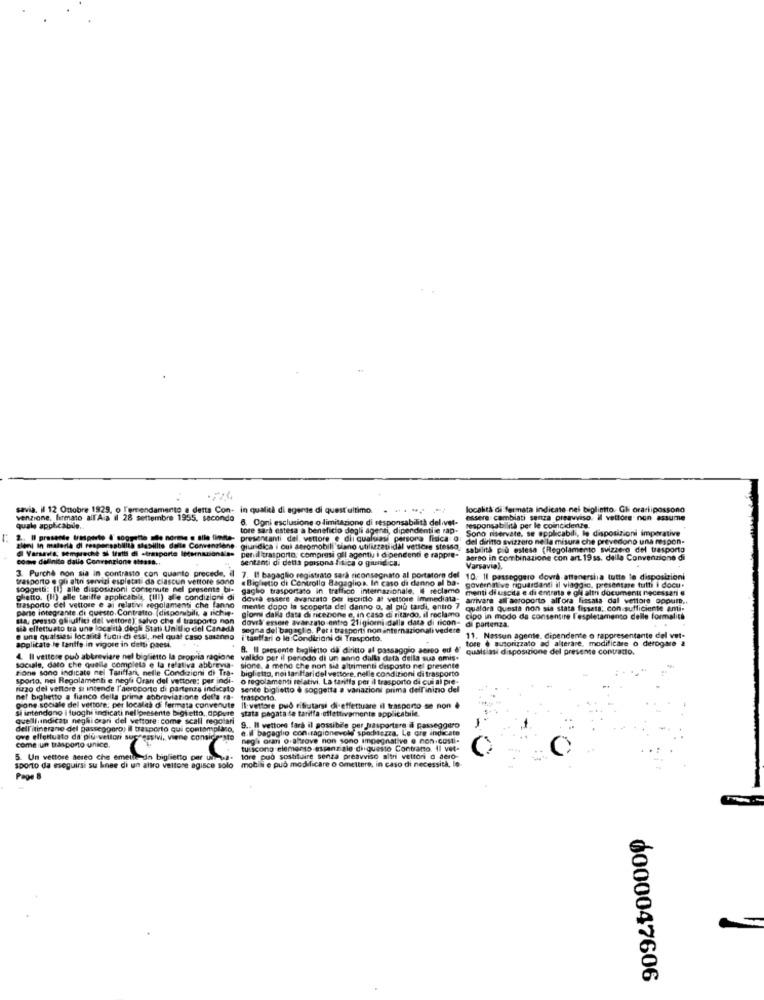
savia. il 12 Ottobre 1929, o l'emendamento a detta Con- in qualità di agente di quest'ultimo. . .. ", - /
località di fermata indicate nel biglietto, Gh orariipossono
venzione, firmato all'Ala il 28 settembre 1955, secondo
6. Ogni esclusione o limitazione di responsabilità delivet-
essere cambiati senza preavviso. Il vettore non assume
quale applicabile ..
tore sarà estesa a beneficio degli agenti, dipendentiie rap.
responsabilità per le coincidenze.
Sono riservate, se applicabili, le disposizioni imperative
2 ., Il presente trasporto & soggetto alle norme o sile limite-
presentanti del. vettore e di qualsiasi persona fisica @
del diritto svizzero ne la misura che prevedono una respon-
Blenl in materia di responsabilità stasillie dalle Conventie
Varsaris; sempreche Si tratti di -trasporto Internazion
giuridica i oul aeromobili siano utilizzatiidal vettore stesso
sabilità più estesa (Regolamento svizzero del trasporto
come dalinito dalle Convenzione eteass ..
per il trasporto, compresi gil agenti i dipendenti e rappre-
sentanti di detta persona fisica o giuridica.
aereo in combinazione con art. 19ss. della Convenzione di
3. Purcha non sia in contrasto con quanto precede, il
Varsavial,
trasporto e oh attn servizi esplatati da ciascun vettore sono
7. If bagaglio registrato sarà riconsegnato al portatore del 10. Il passeggero dovrà attenersiia tutte le disposizioni
soggetti: (1) alle disposizioni contenute nel presente bi- gaglio trasportato in traffico internazionale. # reclamo menti di uscita e di entrata e gli altri documenti necessari e
« Biglietto di Controllo Bagaglios. In caso di danno al Da- governative riguardanti il viaggio. presentare tutti i docu.
ghetto. (Ii) alle tariffe applicabile, (III) alle condizioni di
dovrà essere avanzato per iscritto at vettore immediata- arrivare all'aeroporto all'ora fissata dal vettore oppul ..
trasporto del vettore e ai relativi regolamenti che fanno
parte integrante di questo. Contratto. (disponibili, a richie-
mente dopo la scoperta del danno o, al più tardi, entro 7
qualora questa non sia stata fissata; con sufficiente ami-
sta, presso gliuffici del vettore), salvo che d trasporto non
giorni dalla data di ricezione e, in caso di ritardo, il reclamo cipo in modo da consentire l'espletamento delle formalità
doveS' essmse avanzato entro 21igiorni dalla data di ricon- di partenza.
sia effettuato tra une località degli Stati Unitiio del Canada
segna del bagaglio. Pet i trasporti non internazionali vedere
e ung qualsiasi località fuori di essi, nel qual caso saranno
i tamifari o le Condizioni di Trasporto.
tore @ autorizzato ad alterare, modificare o derogare a
11. Nessun agente, dipendente o rappresentante del vet-
applicate le tantfe in vigore in detti paesi.
9. Il presente biglietto da diritto al passaggio sereo ed &"
qualsiasi disposizione del presente contratto.
4. Il vettore pub abbreviare nel biglietto la propria ragione
valido per il periodo di un anno dalla data della sua omis.
sociale, dato che quelle completa e la relativa abbrevia-
zione sono indicate nel Tariffan, nelle Condizioni di Tra-
sione, a meno che non sia altrimenti disposto nel presente
biglietto, noi tariffaridel vettore, nelle condizioni di trasporto
sporto, nei Regolamenti e negli Oranı del vettore: per indi-
o regolamenti relativi. La tariffa per il trasporto di cui al pre-
rizzo del vettore si intende l'aeroporto di partenza indicato
sente biglietto @ soggetta a variazioni prima dell'inizio del
net bighetto a fianco della prima sobreviatione del'a ra-
trasporto.
gone sociale del vettore: per locales di fermata convenute
si intendono I luoghi indicati nel presente bigsetto ,, oppure
Il:vettore può rifrutarsi di effettuare il trasporto se non .
stata pagata la tariffa .effettivamente applicabile.
quelliindicati neghi oran del vettore: come scall regolari
dell'itinerane del passeggero) Il trasporto qui contamplazo,
e.il bagaglio con ragionevoli spodterra, Le ore indicate
9 .. Il vettore farà il possibile per trasportare il passeggero
ove effettuato da più vellon successivi, viene considerato
come un trasporto unico.
negli orai o altrove non sono impegnative e non costi-
tuiscono elemento essenziale diquesto Contrano. Il vet-
sporto da eseguirsi su linee di un altro vettore agisce solo mobili e può modificare o omettere, in caso di necessità, le
5. Un vettore aereo che emete dn biglietto per un
tore può sostituire senza preavviso altri vettori der0
Page 8
6000047606